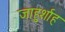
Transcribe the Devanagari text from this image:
जाहुर्शाह